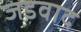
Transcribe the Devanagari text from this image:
जडवाद